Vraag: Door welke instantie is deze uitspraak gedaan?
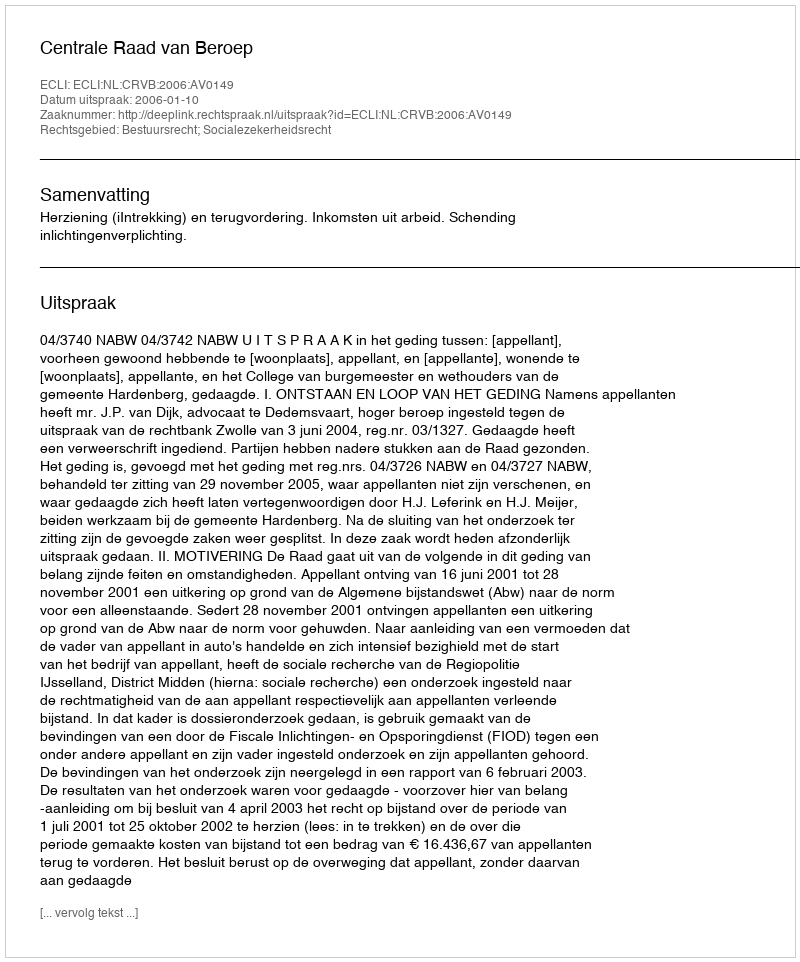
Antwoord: Centrale Raad van Beroep